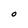
Character: O